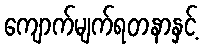
ကျောက်မျက်ရတနာနှင့်